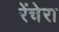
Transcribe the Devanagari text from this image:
रेंचेरा